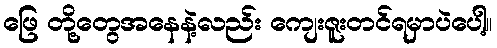
ဖြေ တို့တွေအနေနဲ့လည်း ကျေးဇူးတင်ရမှာပဲပေါ့။